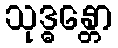
သုဒ္ဓန္တော